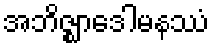
အဘိဇ္ဈာဒေါမနဿံ